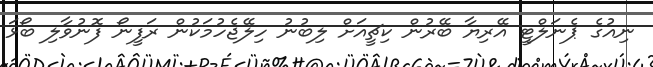
ނިއުގެ ޕެނަލްޓީ އޭރިޔާ ބޭރުން ކިޗީއަށް ލިބުނު ހިލޭޖެހުމަކުން ރަފީނޯ ފޮނުވާލި ބޯޅަ